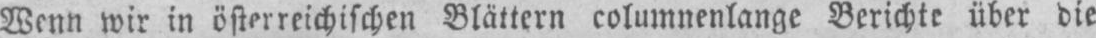
Wenn wir in österreichischen Blättern columnenlange Berichte über die